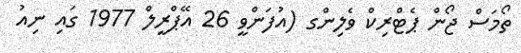
ތޯމަސް ޖޯން ޕެޓްރިކް ވެލިންގ (އުފަންވީ 26 އޭޕްރީލް 1977 ގައި ނިއު